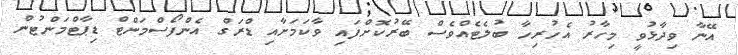
އޭނާ ވިދާޅުވީ މިހާރު އެހުރިހާ ބުލެޓެއްވެސް ބޭރުކޮށްފައި ވާކަމަށާއި ޑްރަގް އެންފޯސްމަންޓް ޑިޕާޓްމަންޓުން